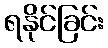
ရနိုင်ခြင်း